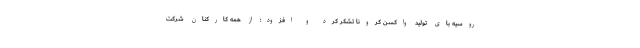
روسیه بای تولید واکسن کرونا تشکر کرد و افزود: از همه کارکنان شرکت